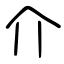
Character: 介